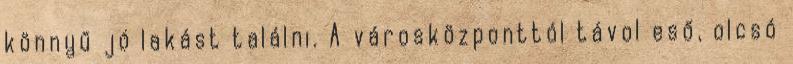
könnyű jó lakást találni. A városközponttól távol eső, olcsó